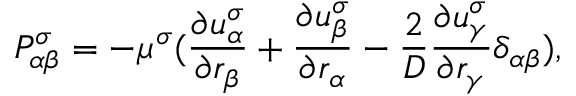
P _ { \alpha \beta } ^ { \sigma } = - \mu ^ { \sigma } ( \frac { \partial u _ { \alpha } ^ { \sigma } } { \partial r _ { \beta } } + \frac { \partial u _ { \beta } ^ { \sigma } } { \partial r _ { \alpha } } - \frac { 2 } { D } \frac { \partial u _ { \gamma } ^ { \sigma } } { \partial r _ { \gamma } } \delta _ { \alpha \beta } ) ,